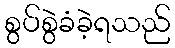
စွပ်စွဲခံခဲ့ရသည်